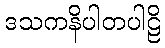
ဒသကနိပါတပါဠိ